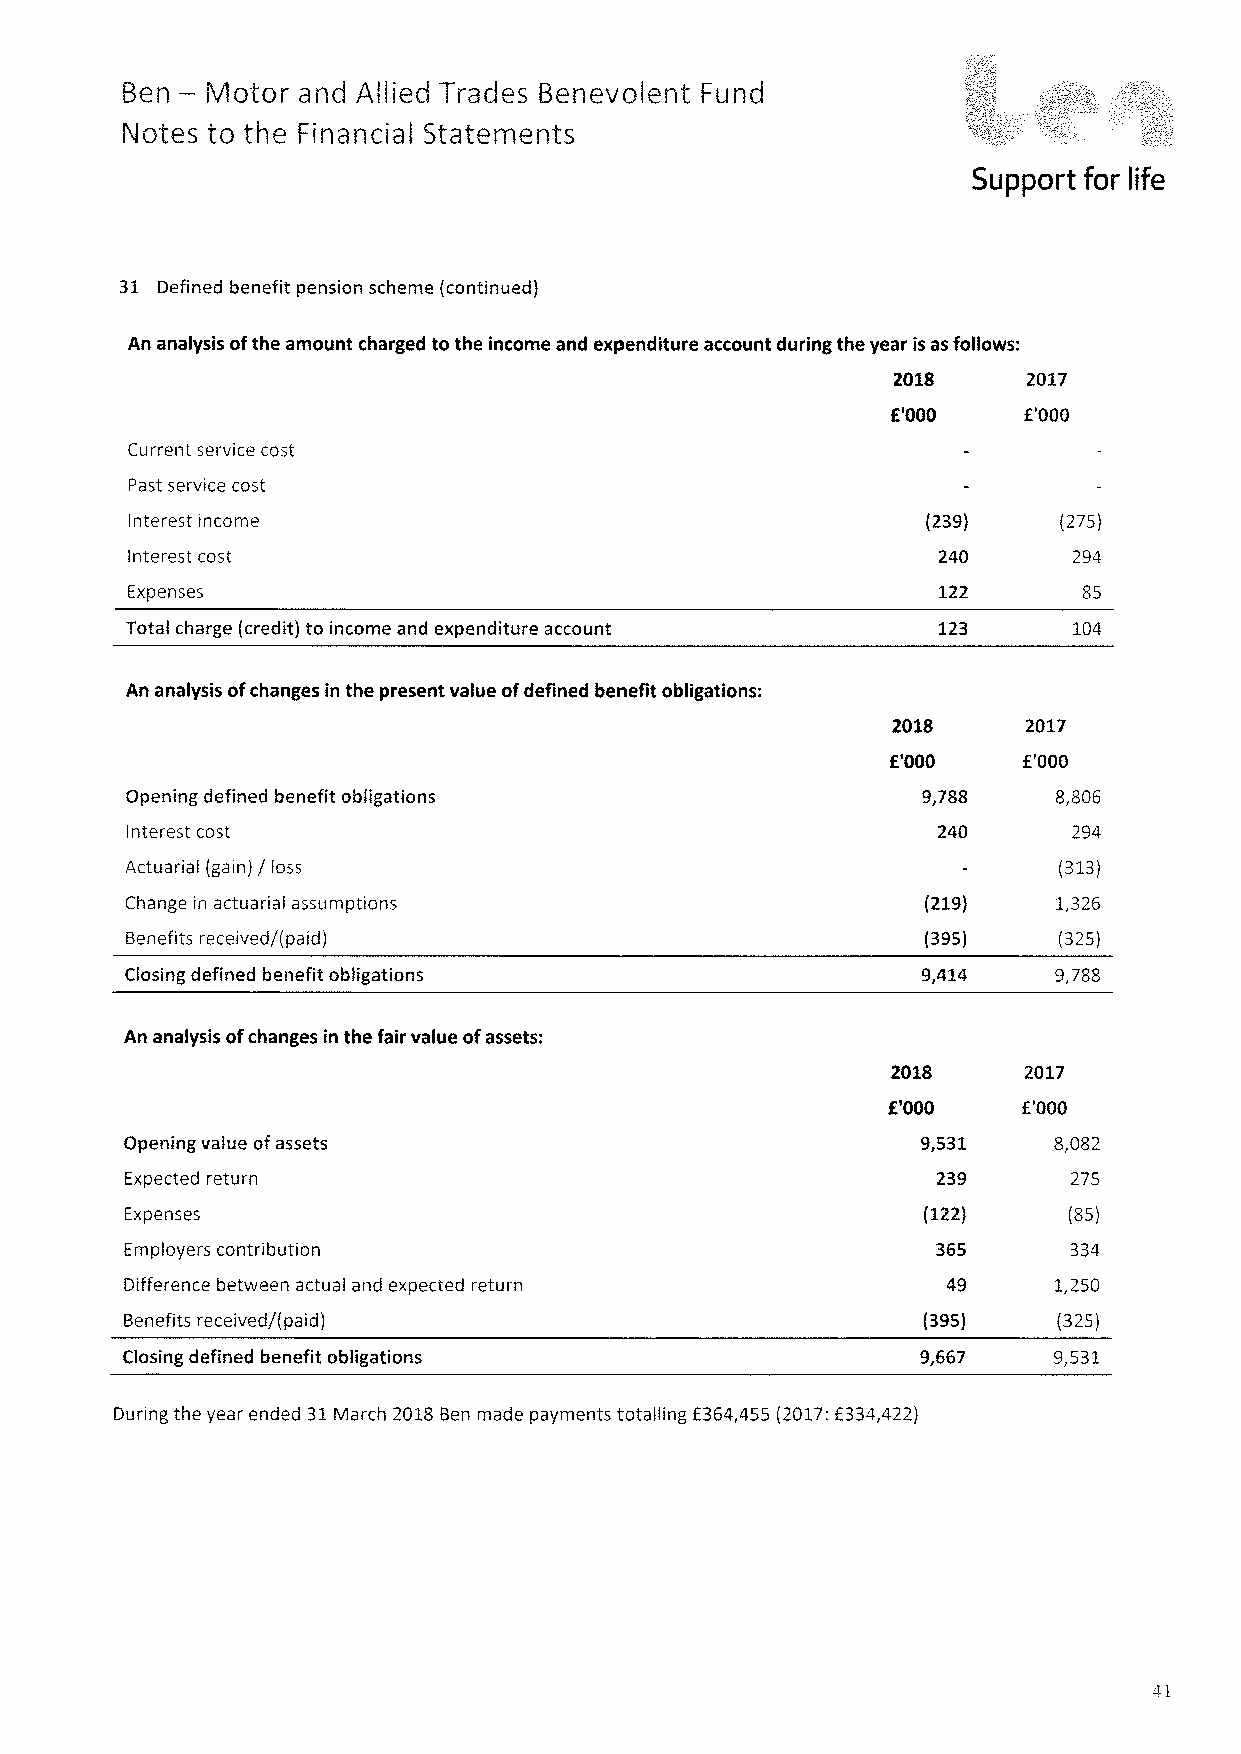
—
 Ben   Motor and Allied Trades Benevolent Fund
 Notes to the Financial Statements
 Support for life
 31 Defined benefit pension scheme (continued)
 An analysis ofthe amount charged to the income and expenditure account during the year isasfollows:
 2018     2017
 f'000    f'000
 Current service cost
 Past service cost
 Interest income                                     (239)    (275)
 Interest cost                                         240      294
 Expenses                                              122
 Total charge (credit) to income and expenditure account 123    104
 An analysis ofchanges in the present value ofdefined benefit obligations:
 2018     2017
 f'000    f'000
 Opening defined benefit obligations                  9,788    8,806
 Interest cost                                         240      294
 Actuarial (gain) / loss                                       (313)
 Change in actuarial assumptions                      (219)    1,326
 Benefits received/(paid)                             (395)    (325)
 Closing defined benefit obligations                  9,414    9,788
 An analysis ofchanges in the fair value ofassets:
 2018     2017
 f'000    f'000
 Opening value ofassets                               9,531    8,082
 Expected return                                       239      275
 Expenses                                             (122)     (85)
 Employers contribution                                365      334
 Difference between actual and expected return          49     1,250
 Benefits received/(paid)                             (395)    (325)
 Closing defined benefit obligations                  9,667    9,531
 During the year ended 31March 2018Ben made payments totalling f364,455 (2017:f334,422)